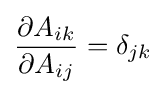
{\partial A_{ik} \over \partial A_{ij}}=\delta _{jk}